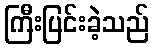
ကြီးပြင်းခဲ့သည်